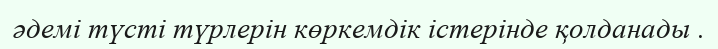
әдемі түсті түрлерін көркемдік істерінде қолданады .